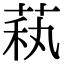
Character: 萟